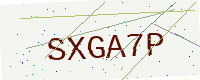
Text: SXGA7P